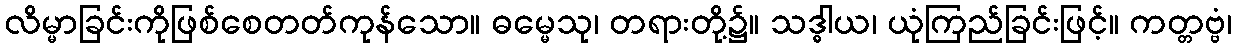
လိမ္မာခြင်းကိုဖြစ်စေတတ်ကုန်သော။ ဓမ္မေသု၊ တရားတို့၌။ သဒ္ဓါယ၊ ယုံကြည်ခြင်းဖြင့်။ ကတ္တဗ္ဗံ၊